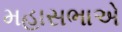
મહાસભાએ